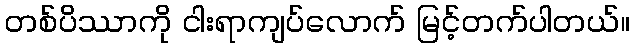
တစ်ပိဿာကို ငါးရာကျပ်လောက် မြင့်တက်ပါတယ်။